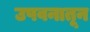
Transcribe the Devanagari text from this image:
उपवनातून